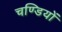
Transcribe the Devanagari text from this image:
चण्डियों